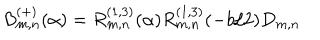
B _ { m , n } ^ { ( + ) } ( \alpha ) = R _ { m , n } ^ { ( 1 , 3 ) } ( \alpha ) R _ { m , n } ^ { ( 1 , 3 ) } ( - b / 2 ) D _ { m , n }